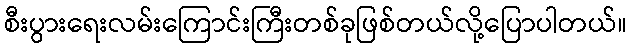
စီးပွားရေးလမ်းကြောင်းကြီးတစ်ခုဖြစ်တယ်လို့ပြောပါတယ်။